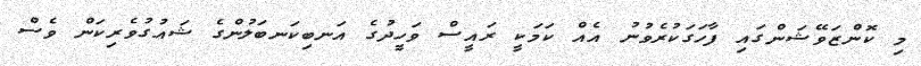
މި ކޮންޒަވޭޝަންގައި ފާހަގަކުރެވުނު އެއް ކަމަކީ ރައީސް ވަހީދުގެ އަނބިކަނބަލުންގެ ޝައުގުވެރިކަން ވެސް